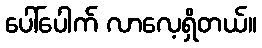
ပေါ်ပေါက် လာလေ့ရှိတယ်။